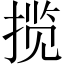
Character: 揽